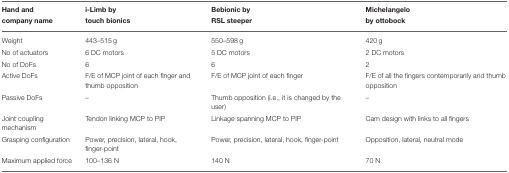
<table><thead><tr><td><b>Hand and company name</b></td><td><b>i-Limb by touch bionics</b></td><td><b>Bebionic by RSL steeper</b></td><td><b>Michelangelo by ottobock</b></td></tr></thead><tbody><tr><td>Weight</td><td>443–515 g</td><td>550–598 g</td><td>420 g</td></tr><tr><td>No of actuators</td><td>6 DC motors</td><td>5 DC motors</td><td>2 DC motors</td></tr><tr><td>No of DoFs</td><td>6</td><td>6</td><td>2</td></tr><tr><td>Active DoFs</td><td>F/E of MCP joint of each finger and thumb opposition</td><td>F/E of MCP joint of each finger</td><td>F/E of all the fingers contemporarily and thumb opposition</td></tr><tr><td>Passive DoFs</td><td>–</td><td>Thumb opposition (i.e., it is changed by the user)</td><td>–</td></tr><tr><td>Joint coupling mechanism</td><td>Tendon linking MCP to PIP</td><td>Linkage spanning MCP to PIP</td><td>Cam design with links to all fingers</td></tr><tr><td>Grasping configuration</td><td>Power, precision, lateral, hook, finger-point</td><td>Power, precision, lateral, hook, finger-point</td><td>Opposition, lateral, neutral mode</td></tr><tr><td>Maximum applied force</td><td>100–136 N</td><td>140 N</td><td>70 N</td></tr></tbody></table>